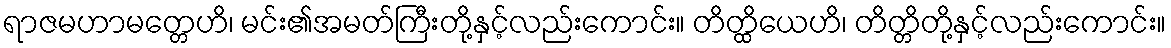
ရာဇမဟာမတ္တေဟိ၊ မင်း၏အမတ်ကြီးတို့နှင့်လည်းကောင်း။ တိတ္ထိယေဟိ၊ တိတ္တိတို့နှင့်လည်းကောင်း။